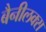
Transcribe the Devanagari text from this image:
बैनीलक्स